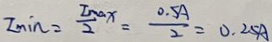
I _ { \min } = \frac { I _ { m o x } } { 2 } = \frac { 0 . 5 A } { 2 } = 0 . 2 5 A